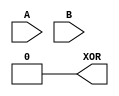
module XOR_gate (
    input A, 
    input B, 
    output XOR
);

wire not_A, not_B;
wire pass_A, pass_B;

assign not_A = ~A;
assign not_B = ~B;

nand #(2,2) u1 (pass_A, A, not_A);
nand #(2,2) u2 (pass_B, B, not_B);

nand #(2,2) u3 (XOR, pass_A, pass_B);

endmodule